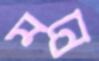
মন্রে